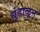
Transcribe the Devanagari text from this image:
धुंडाळून